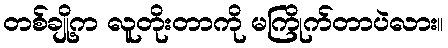
တစ်ချို့က လူတိုးတာကို မကြိုက်တာပဲလား။